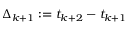
\Delta _ { k + 1 } : = t _ { k + 2 } - t _ { k + 1 }